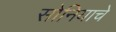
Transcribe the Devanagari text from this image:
सोनियाचे